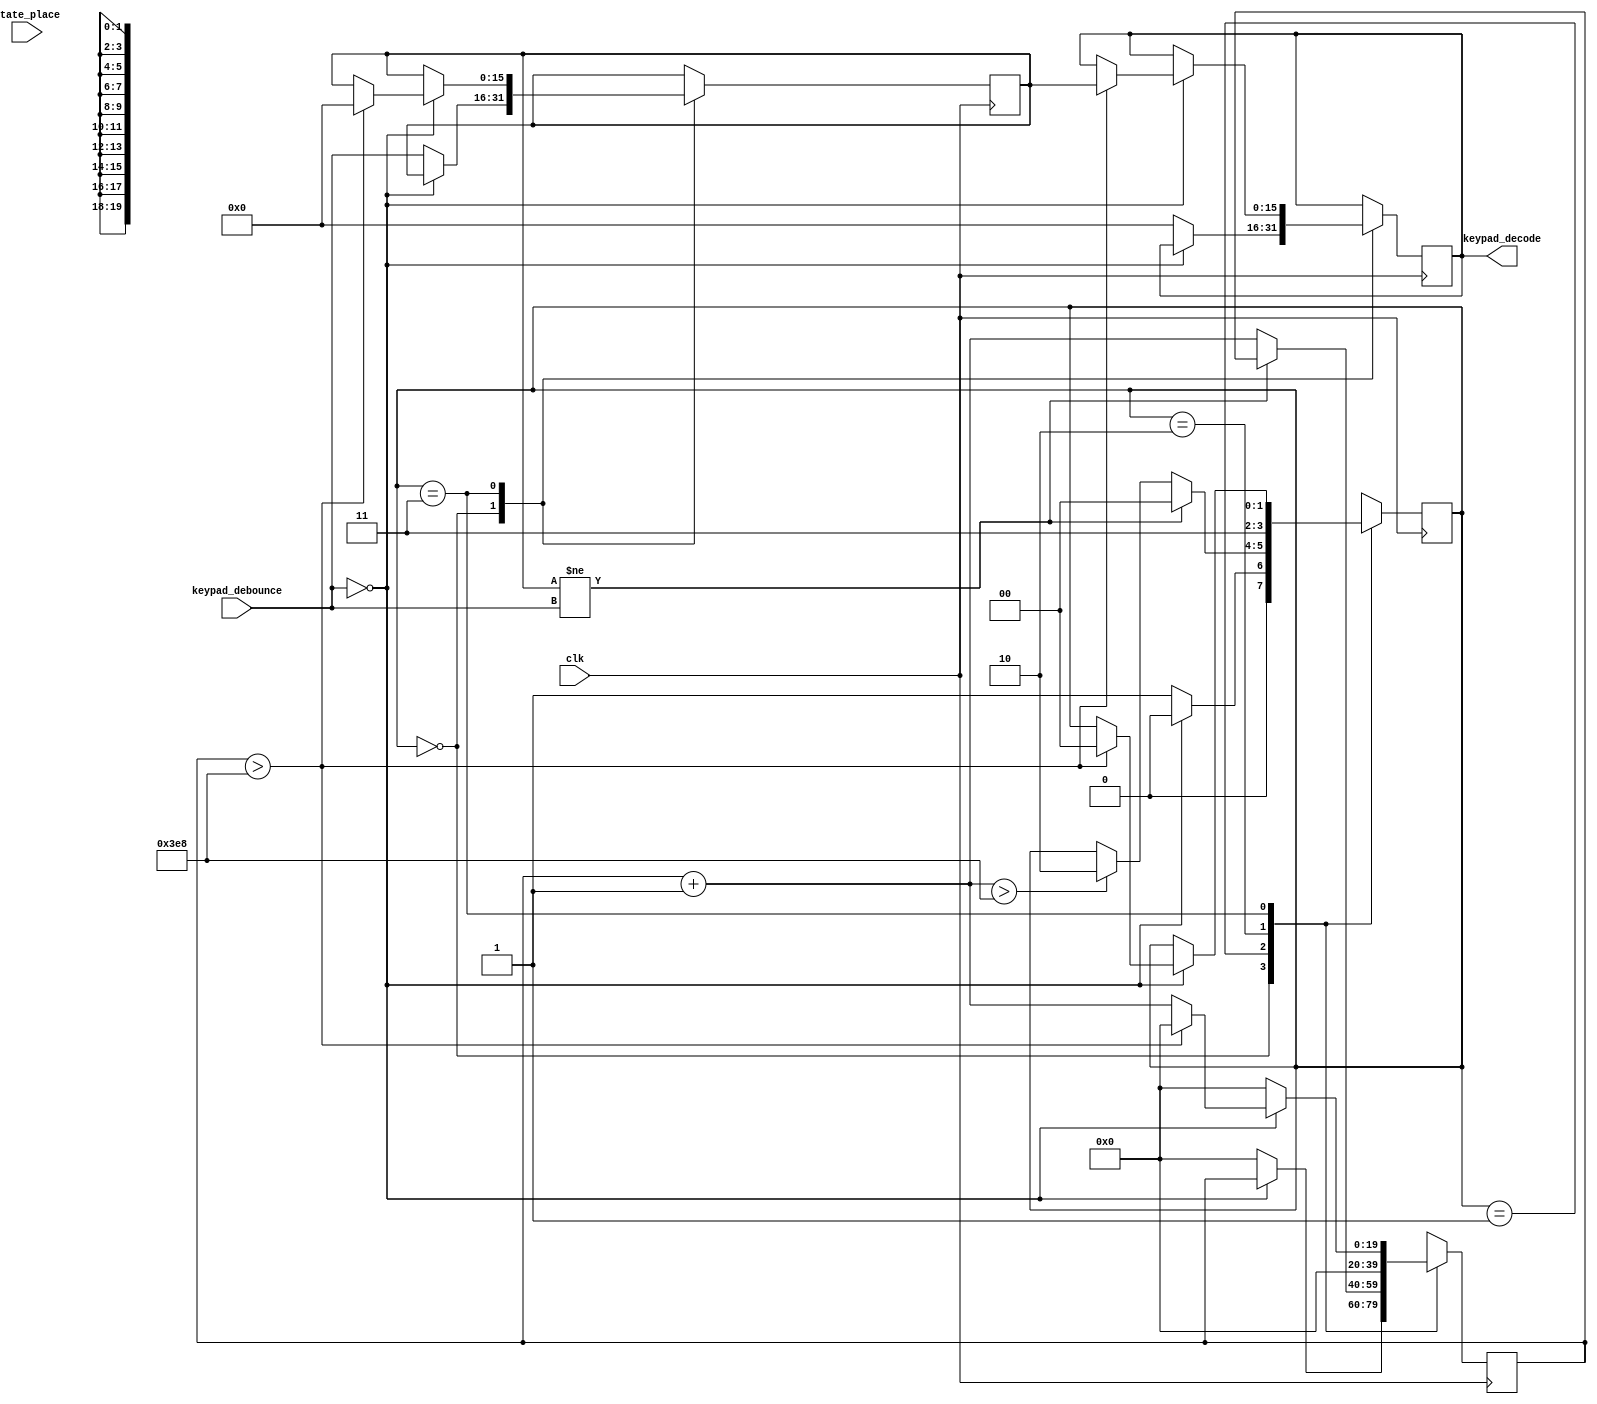

module debounce (input clk, input [3:0] state_place, input [15:0] keypad_debounce, output reg [15:0] keypad_decode);
									  
	reg [15:0] input_test; //input_test_compare;
	reg [19:0] counter = 20'h00000;
	reg [19:0] countupto = 20'd1000;
	reg [1:0] debounce_state;
	
	integer clock_count = 0;
	//wire clear_counter = (input_test_compare ^ input_test); 	  
	
	/*initial begin
		debounce_state = 0;
		counter = 0;
	end*/
	
	always @(posedge clk) 
	begin
		
			
        case (debounce_state)

        2'b00 : begin
                if (keypad_debounce == 16'b0) 
					 begin
					 debounce_state <= 2'b00;//if no key press, debounce is at idle 
              //  keypad_decode <= 16'b00;
					 end
					 else                                //if a key press, store that key into a temp "input_test to compare when debounce is called again
                    begin
                        input_test <= keypad_debounce;
                        debounce_state <= 2'b01;
                        counter <= 0;
								keypad_decode <= 16'b00;
                     end

                end
        2'b01 : begin//counting to 10 while key pressed to make sure the correct key is selected
                if (input_test != keypad_debounce) debounce_state = 2'b00; //if the key changed go back to state 0
                else
                    begin
                        counter = counter + 1'd1;
                        if (counter > countupto) debounce_state = 2'b10;
							end
                end
        2'b10 : begin//transistional state to detect if key has been released
                debounce_state = 2'b11; 
                counter = 0;
                end
        2'b11 : begin //final state is detect the key has released to avoid storing multiple input at one press
                if (keypad_debounce == 16'b0)//if key pad release, loop here 10 time before store the key to keypad_decode
                     begin
                        counter <= counter + 1'd1;
                        if (counter >countupto) 
                            begin
                                keypad_decode <= input_test;
										  input_test <= 16'b0;
                                debounce_state <= 2'b00;
                                counter <= 0;
                            end
                     end
                else counter <= 0; //if keypad is still hold, dont count up yet
                end
        default: debounce_state = 2'b00;

        endcase
	end
	
endmodule